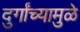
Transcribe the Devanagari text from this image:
दुर्गांच्यामुळे